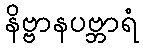
နိဗ္ဗာနပဗ္ဘာရံ